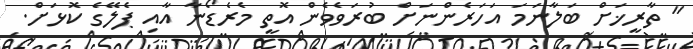
" ތާރީޚަށް ބަލާނަމަ އަހަރެންނަށް ބުރަވެވެން އޮތީ މެރެޑޯނާ އާއި ޕެލޭގެ ކޮޅަށް.